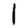
Digit: 1